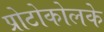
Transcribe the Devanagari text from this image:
प्रोटोकोलके